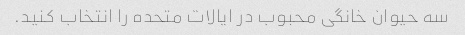
سه حیوان خانگی محبوب در ایالات متحده را انتخاب کنید.